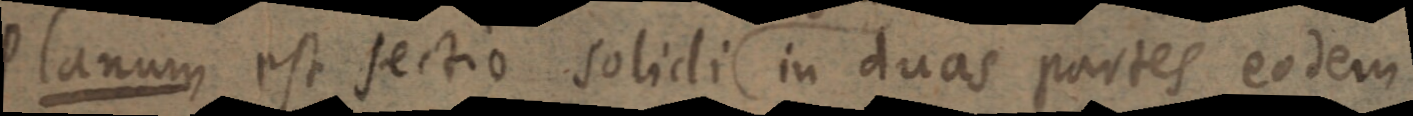
Planum est sectio solidi in duas partes eodem